Indian journal of veterinary science and animal husbandry - Volume 9,
Year: 1939
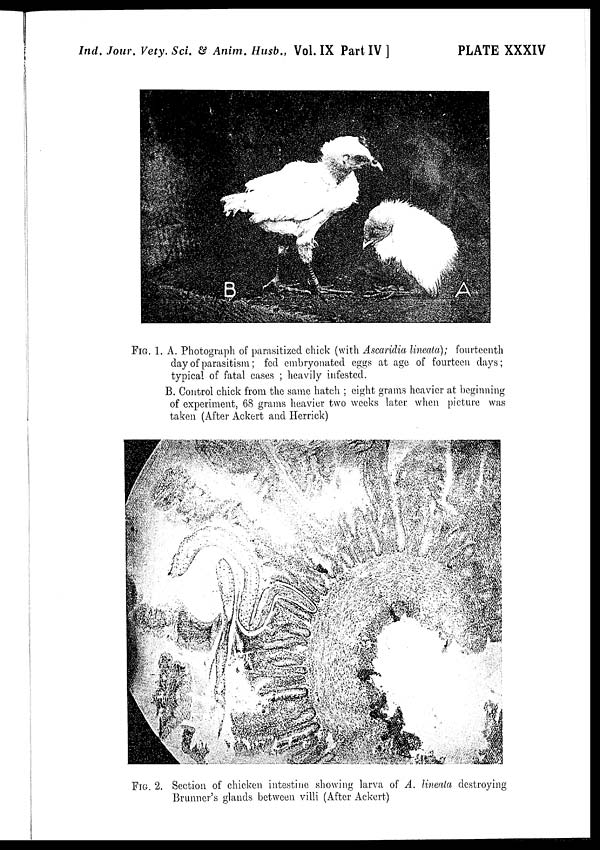
Ind. Jour. Vety. Sci. & Anim. Husb., Vol. IX Part IV ]
PLATE XXXIV
FIG. 1. A. Photograph of parasitized chick (with Ascaridia lineata); fourteenth
day of parasitism; fed embryonated eggs at age of fourteen days;
typical of fatal cases ; heavily infested.
B. Control chick from the same hatch ; eight grams heavier at beginning
of experiment, 68 grams heavier two weeks later when picture was
taken (After Ackert and Herrick)
FIG. 2. Section of chicken intestine showing larva of A. lineata destroying
Brunner's glands between villi (After Ackert)